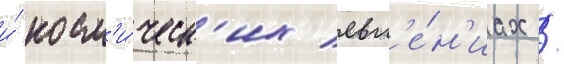
и́ косм'и́ческ'их явл'е́н'иах /